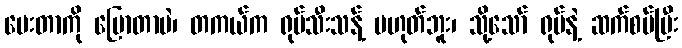
ပေးတာကို ပြောတာပဲ၊ တကယ်က ရုပ်သီးသန့် မဟုတ်ဘူး၊ သို့သော် ရုပ်နဲ့ ဆက်စပ်ပြီး